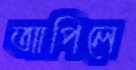
আপিলে